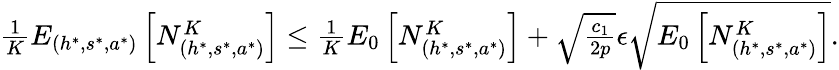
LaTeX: \begin{array}{r}{\frac{1}{K}E_{(h^{*},s^{*},a^{*})}\left[N_{(h^{*},s^{*},a^{*})}^{K}\right]\leq\frac{1}{K}E_{0}\left[N_{(h^{*},s^{*},a^{*})}^{K}\right]+\sqrt{\frac{c_{1}}{2p}}\epsilon\sqrt{E_{0}\left[N_{(h^{*},s^{*},a^{*})}^{K}\right]}.}\end{array}